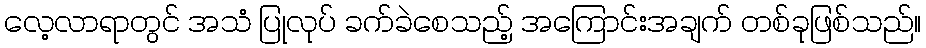
လေ့လာရာတွင် အသံ ပြုလုပ် ခက်ခဲစေသည့် အကြောင်းအချက် တစ်ခုဖြစ်သည်။